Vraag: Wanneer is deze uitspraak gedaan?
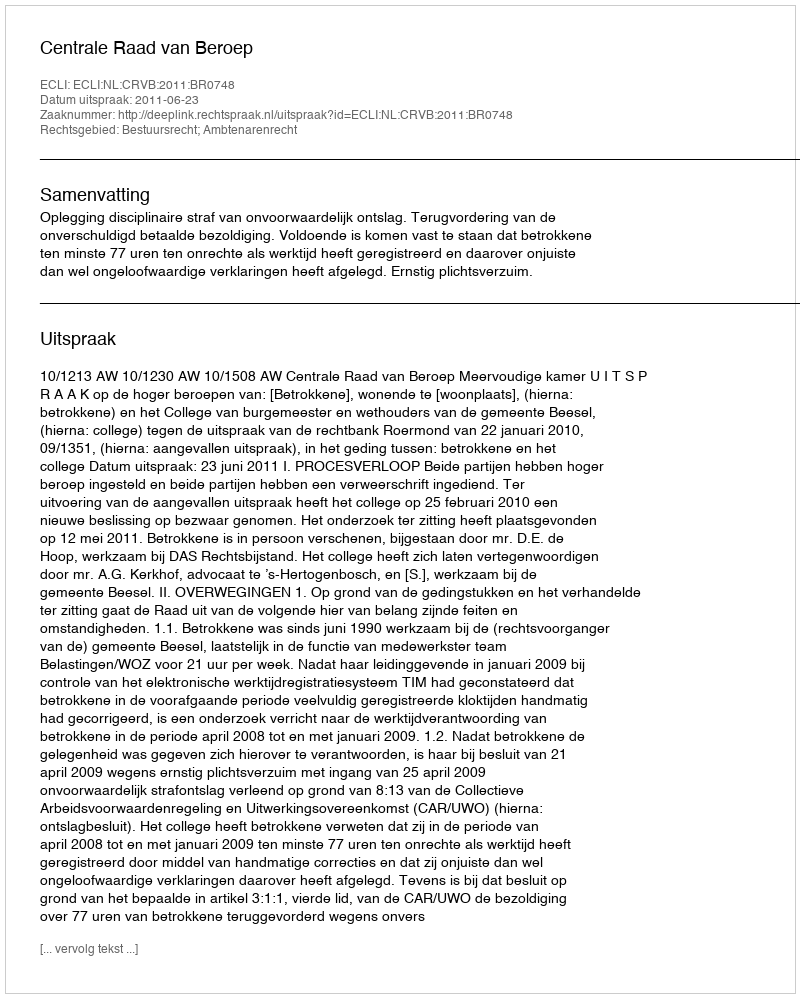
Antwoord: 2011-06-23